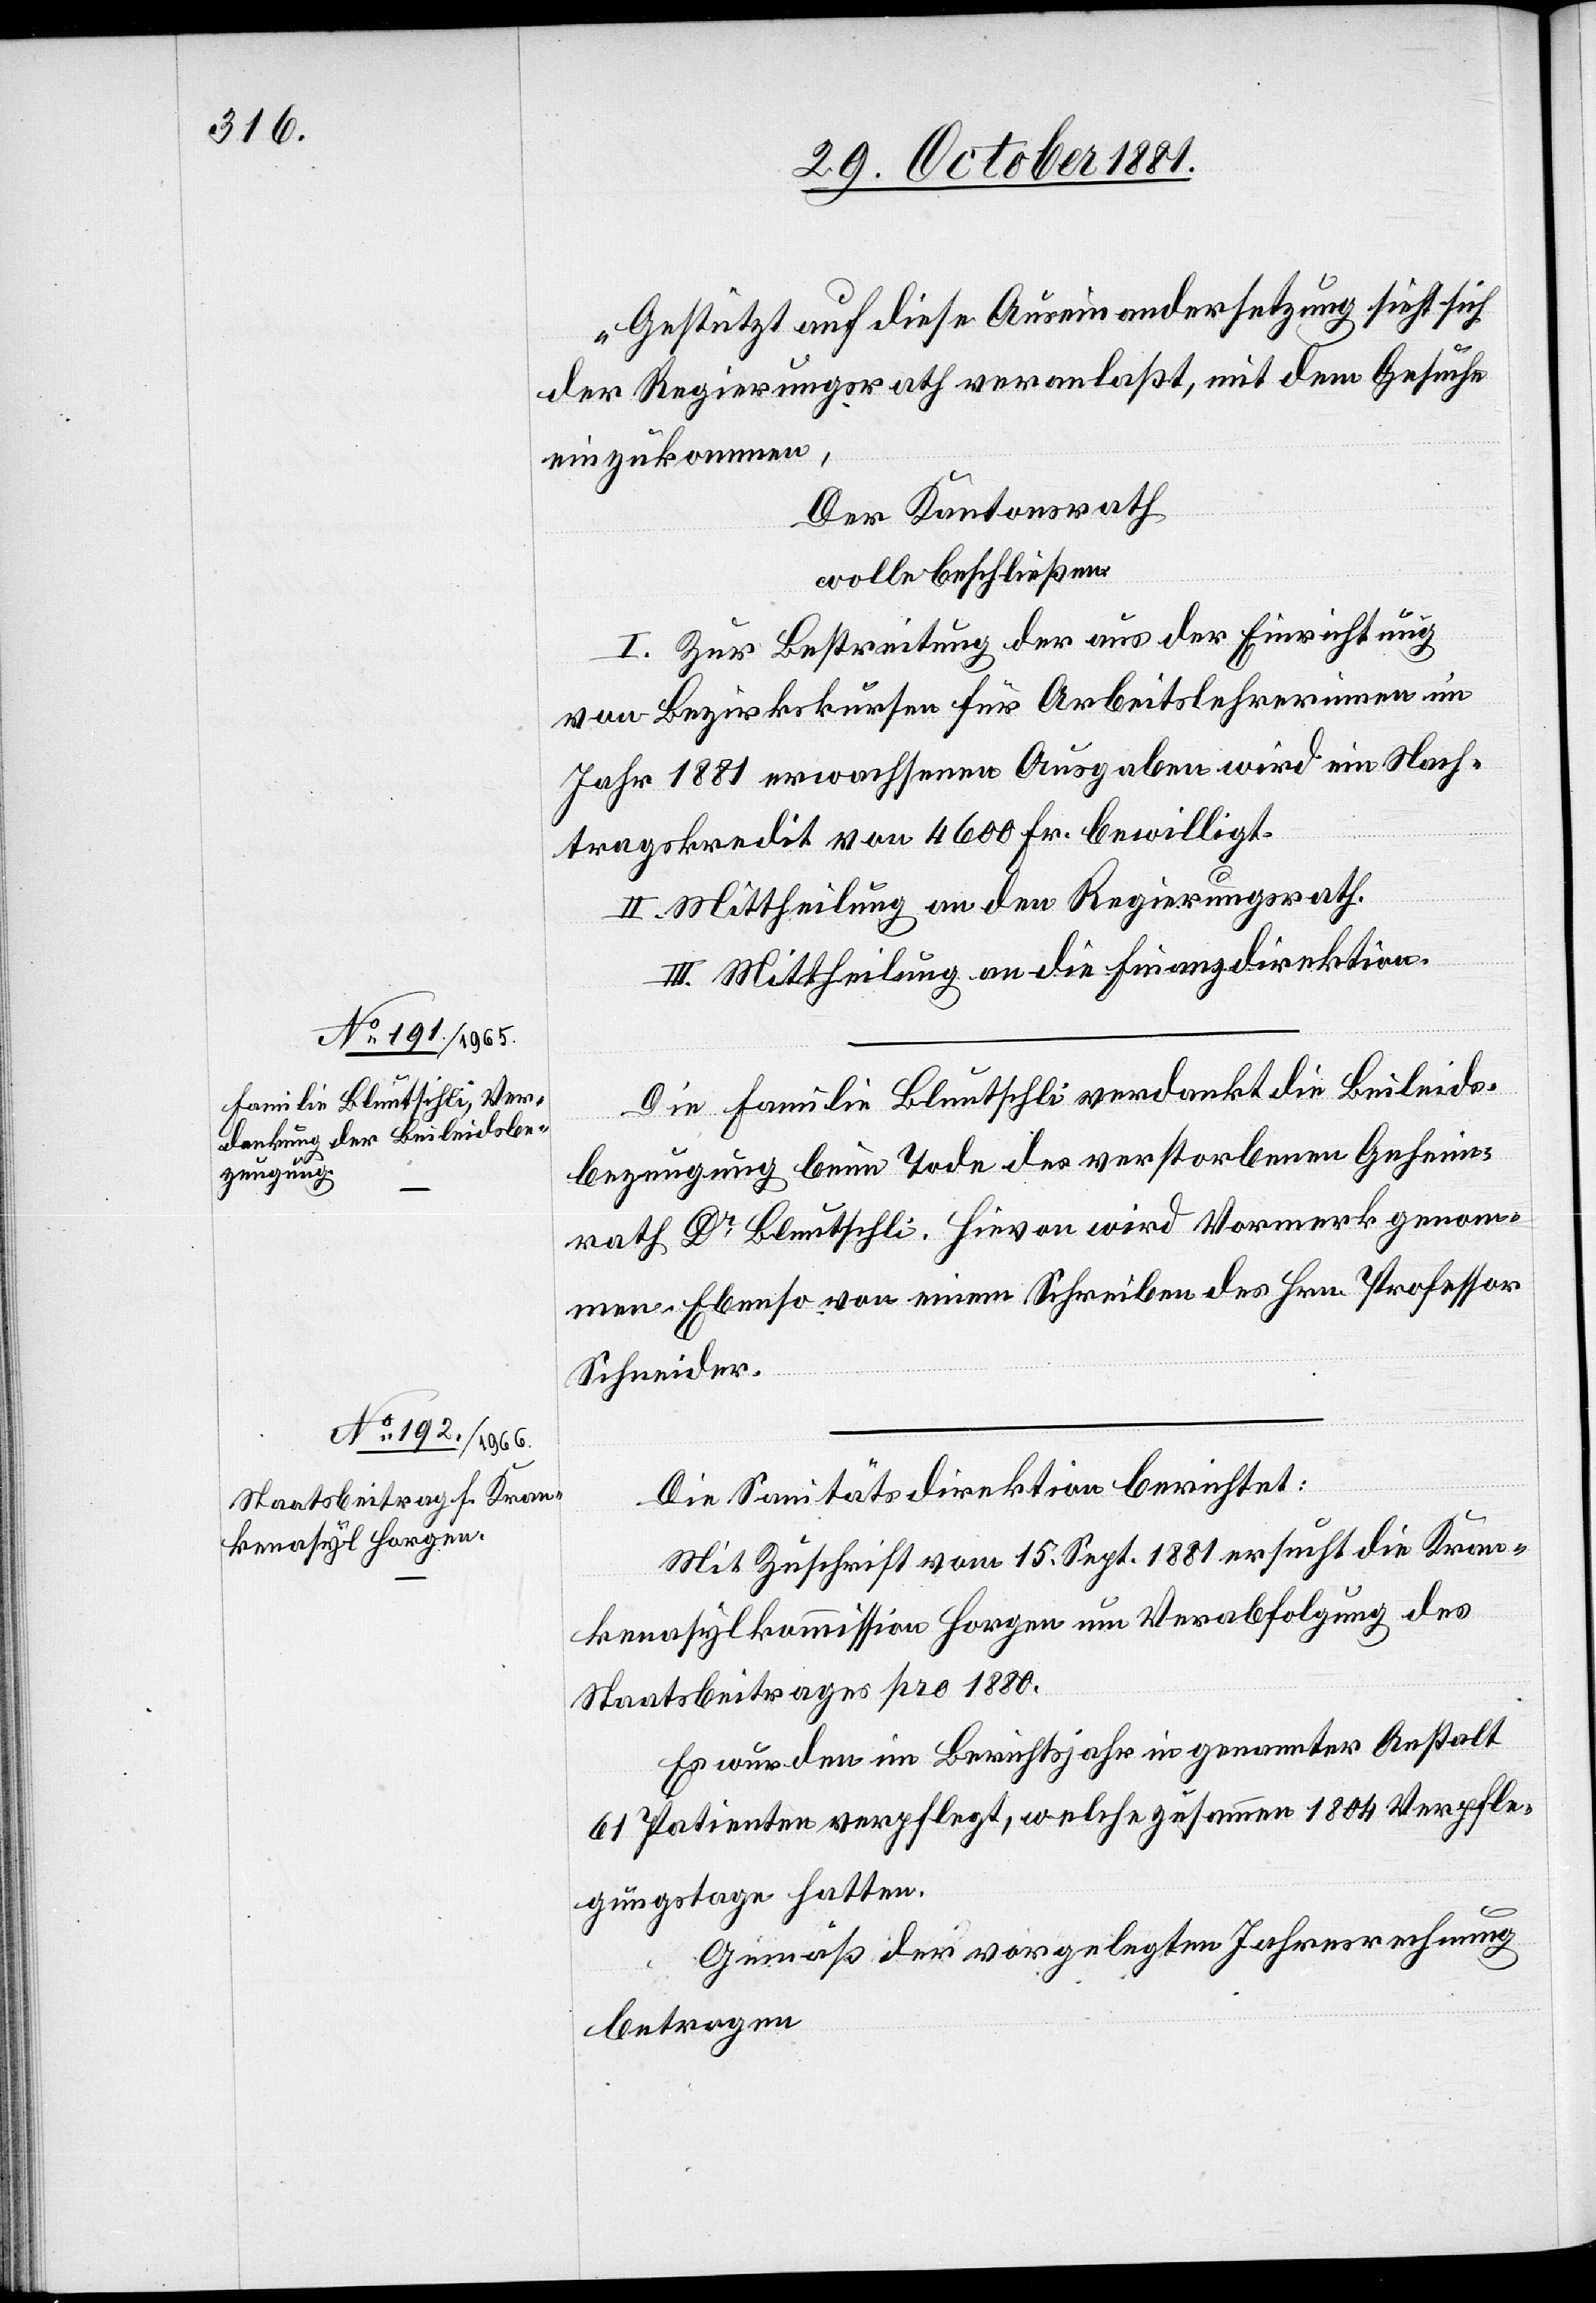
Gestützt auf diese Auseinandersetzung sieht sich
der Regierungsrath veranlaßt, mit dem Gesuche
einzukommen,
Der Kantonsrath
wolle beschließen:
I. Zur Bestreitung der aus der Einrichtung
von Bezirkskursen für Arbeitslehrerinnen im
Jahr 1881 erwachsenen Ausgaben wird ein Nach¬
tragskredit von 4600 Fr. bewilligt.
II. Mittheilung an den Regierungsrath.
III. Mittheilung an die Finanzdirektion.“
Die Familie Bluntschli verdankt die Beileids¬
bezeugung beim Tode des verstorbenen Geheim¬
rath Dr Bluntschli. Hievon wird Vormerk genom¬
men. Ebenso von einem Schreiben des Hrn. Professor
Schneider.
Die Sanitätsdirektion berichtet:
Mit Zuschrift vom 15. Sept. 1881 ersucht die Kran¬
kenasylkommission Horgen um Verabfolgung des
Staatsbeitrages pro 1880.
Es wurden im Berichtsjahr in genannter Anstalt
61 Patienten verpflegt, welche zusammen 1804 Verpfle¬
gungstage hatten.
Gemäß der vorgelegten Jahresrechnung
betragen